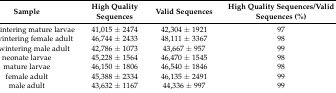
<table><thead><tr><td><b>Sample</b></td><td><b>High Quality Sequences</b></td><td><b>Valid Sequences</b></td><td><b>High Quality Sequences/Valid Sequences (%)</b></td></tr></thead><tbody><tr><td>overwintering mature larvae</td><td>41,015 ± 2474</td><td>42,304 ± 1921</td><td>97</td></tr><tr><td>overwintering female adult</td><td>46,744 ± 2433</td><td>48,111 ± 3367</td><td>98</td></tr><tr><td>overwintering male adult</td><td>42,786 ± 1073</td><td>43,667 ± 957</td><td>99</td></tr><tr><td>neonate larvae</td><td>45,228 ± 1564</td><td>46,470 ± 1545</td><td>98</td></tr><tr><td>mature larvae</td><td>46,150 ± 1806</td><td>46,540 ± 1846</td><td>98</td></tr><tr><td>female adult</td><td>45,388 ± 2334</td><td>46,135 ± 2491</td><td>99</td></tr><tr><td>male adult</td><td>43,632 ± 1167</td><td>44,336 ± 997</td><td>99</td></tr></tbody></table>